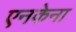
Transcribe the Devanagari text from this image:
एनकेना